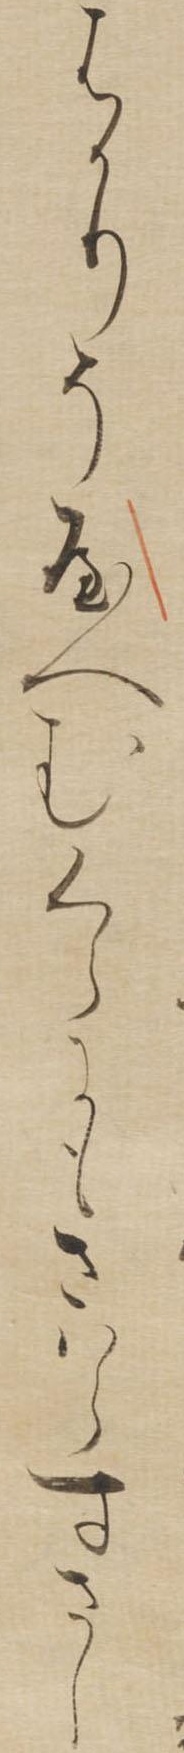
はかりそやへむくらにもさはらすさし